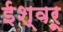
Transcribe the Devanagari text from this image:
ईश्वरू